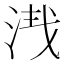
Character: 𣴮